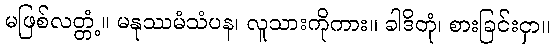
မဖြစ်လတ္တံ့။ မနုဿမံသံပန၊ လူသားကိုကား။ ခါဒိတုံ၊ စားခြင်းငှာ။